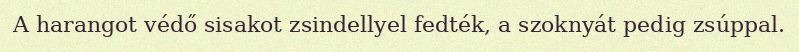
A harangot védő sisakot zsindellyel fedték, a szoknyát pedig zsúppal.